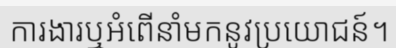
ការងារឬអំពើនាំមកនូវប្រយោជន៍។